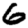
Digit: 6